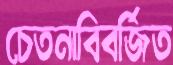
চেতনাবিবর্জিত